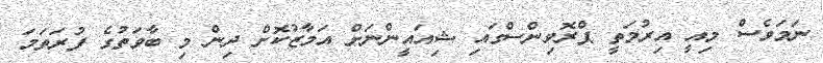
ނަމަވެސް މިއީ އިރުމަތީ ޕްރޮވިންސްގައި ޝިއައީންނަށް އަމާޒުކޮށް ދިން މި ބާވަތުގެ ފުރަތަމަ